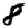
Digit: 8